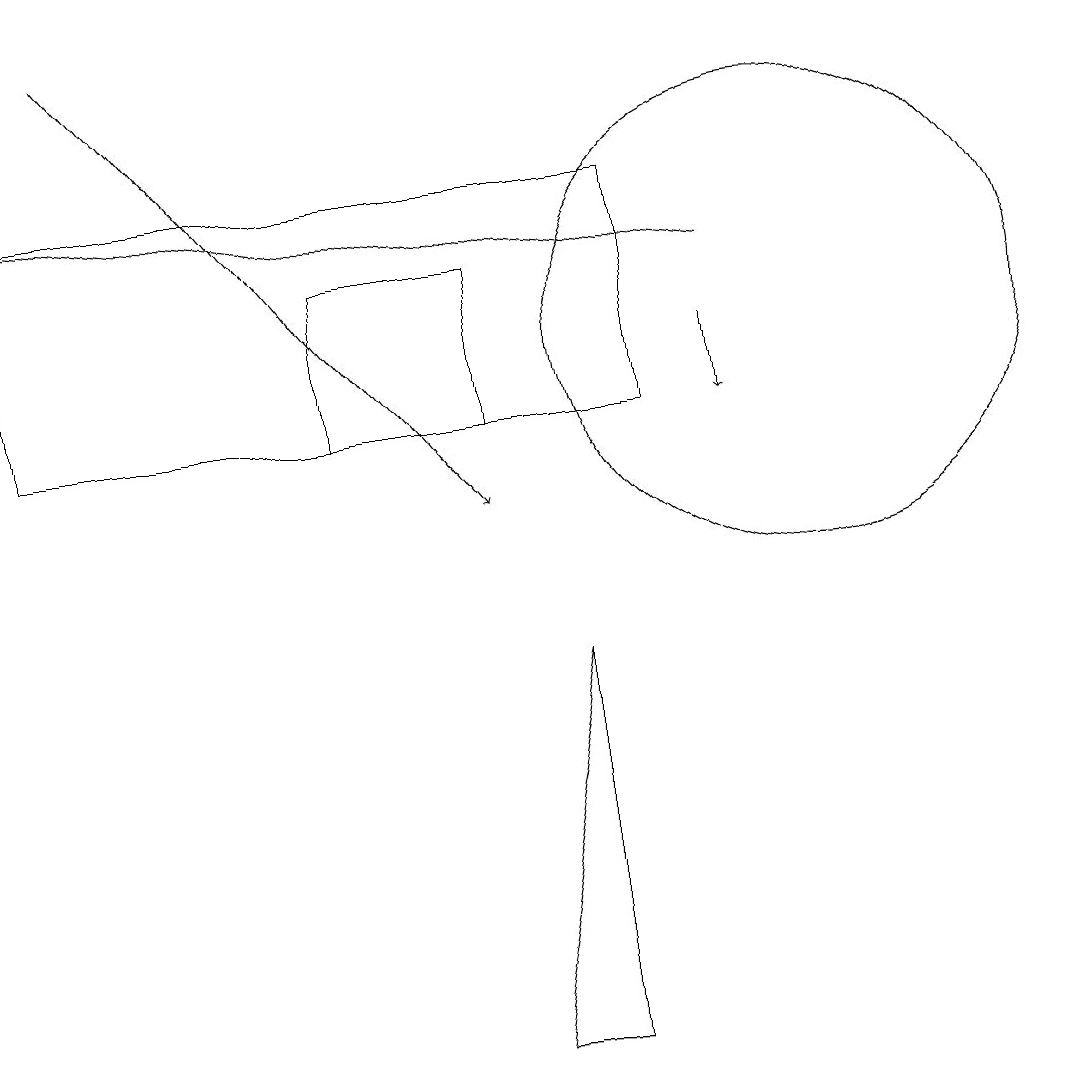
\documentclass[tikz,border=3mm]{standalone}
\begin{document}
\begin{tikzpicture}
\draw (4,11) rectangle (6,13);
\draw[->] (9,12) -- (9,11);
\draw (7,3) -- (6,3) -- (7,8) -- cycle;
\draw[->] (9,13) -- (0,14);
\draw (10,12) circle (3);
\draw (0,14) rectangle (8,11);
\draw[->] (1,16) -- (6,10);
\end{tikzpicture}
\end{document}